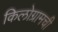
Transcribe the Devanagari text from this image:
किलोग्रामची